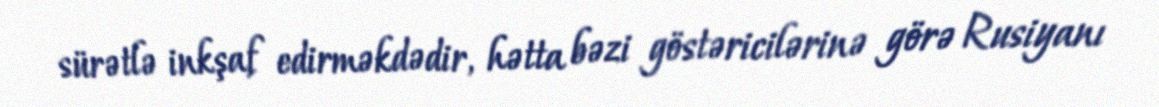
sürətlə inkşaf edirməkdədir, hətta bəzi göstəricilərinə görə Rusiyanı